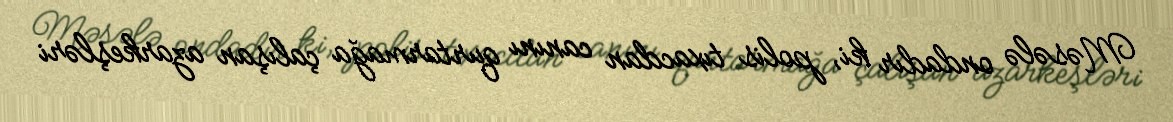
Məsələ ondadır ki, polis tıxacdan canını qurtarmağa çalışan azarkeşləri